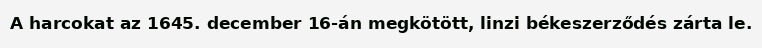
A harcokat az 1645. december 16-án megkötött, linzi békeszerződés zárta le.